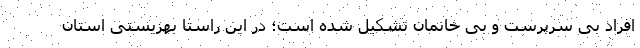
افراد بی سرپرست و بی خانمان تشکیل شده است؛ در این راستا بهزیستی استان